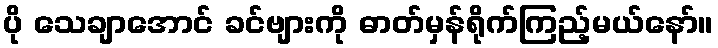
ပို သေချာအောင် ခင်ဗျားကို ဓာတ်မှန်ရိုက်ကြည့်မယ်နော်။